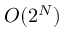
O ( 2 ^ { N } )